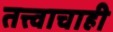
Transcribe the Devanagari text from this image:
तत्त्वाचाही